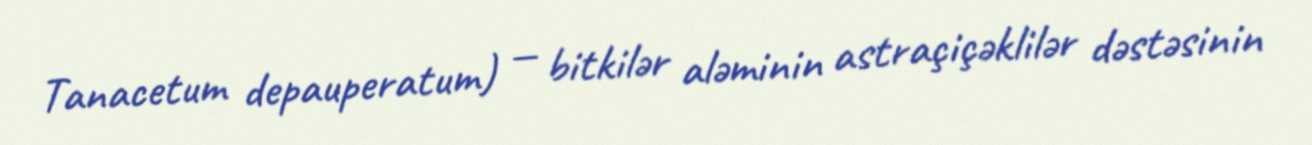
Tanacetum depauperatum) — bitkilər aləminin astraçiçəklilər dəstəsinin